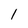
Character: l